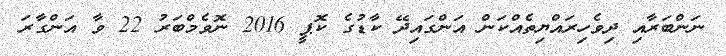
ނަންބަރާއި ދިވެހިރައްޔިތެއްކަން އަންގައިދޭ ކާޑުގެ ކޮޕީ 2016 ނޮވެމްބަރު 22 ވާ އަންގާރަ